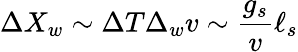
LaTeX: \Delta X_{w}\sim\Delta T\Delta_{w}v\sim{\frac{g_{s}}{v}}\ell_{s}